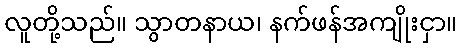
လူတို့သည်။ သွာတနာယ၊ နက်ဖန်အကျိုးငှာ။